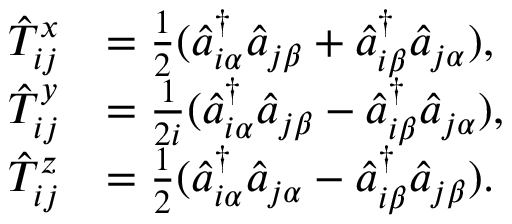
\begin{array} { r l } { \hat { T } _ { i j } ^ { x } } & { = \frac { 1 } { 2 } ( \hat { a } _ { i \alpha } ^ { \dagger } \hat { a } _ { j \beta } + \hat { a } _ { i \beta } ^ { \dagger } \hat { a } _ { j \alpha } ) , } \\ { \hat { T } _ { i j } ^ { y } } & { = \frac { 1 } { 2 i } ( \hat { a } _ { i \alpha } ^ { \dagger } \hat { a } _ { j \beta } - \hat { a } _ { i \beta } ^ { \dagger } \hat { a } _ { j \alpha } ) , } \\ { \hat { T } _ { i j } ^ { z } } & { = \frac { 1 } { 2 } ( \hat { a } _ { i \alpha } ^ { \dagger } \hat { a } _ { j \alpha } - \hat { a } _ { i \beta } ^ { \dagger } \hat { a } _ { j \beta } ) . } \end{array}